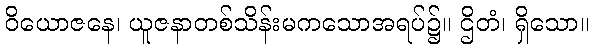
ဝိယောဇနေ၊ ယူဇနာတစ်သိန်းမကသောအရပ်၌။ ဌိတံ၊ ရှိသော။